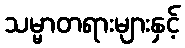
သမ္မာတရားများနှင့်